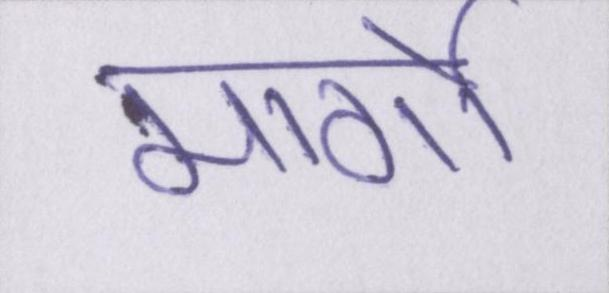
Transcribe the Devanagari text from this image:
मार्गो